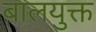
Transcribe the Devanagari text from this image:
बालयुक्त